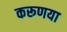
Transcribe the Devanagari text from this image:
करूणया